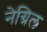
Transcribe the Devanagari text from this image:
नेग्रिल